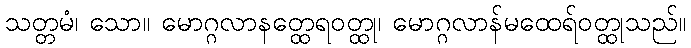
သတ္တမံ၊ သော။ မောဂ္ဂလာနတ္ထေရဝတ္ထု၊ မောဂ္ဂလာန်မထေရ်ဝတ္ထုသည်။